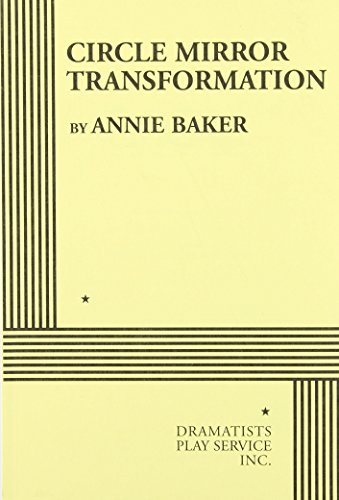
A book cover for Circle Mirror Transformation - Acting Edition; Annie Baker; Humor & Entertainment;